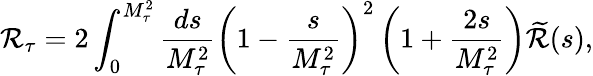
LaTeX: \mathcal{R}_{\tau}=2\int_{0}^{M_{\tau}^{2}}\frac{{ds}}{{M_{\tau}^{2}}}\left(1-\frac{{s}}{{M_{\tau}^{2}}}\right)^{2}\left(1+\frac{{2s}}{{M_{\tau}^{2}}}\right)\widetilde{{\mathcal{R}}}(s),